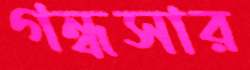
গন্ধসার